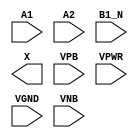
module sky130_fd_sc_ms__a21bo (
    //# {{data|Data Signals}}
    input  A1  ,
    input  A2  ,
    input  B1_N,
    output X   ,

    //# {{power|Power}}
    input  VPB ,
    input  VPWR,
    input  VGND,
    input  VNB
);
endmodule